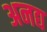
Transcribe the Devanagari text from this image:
अनद्य